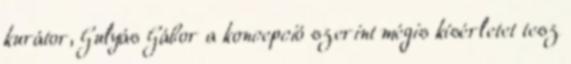
kurátor, Gulyás Gábor a koncepció szerint mégis kísérletet tesz